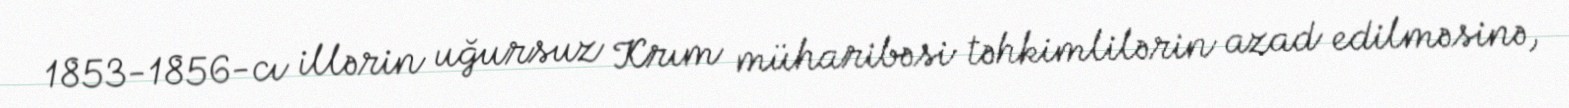
1853-1856-cı illərin uğursuz Krım müharibəsi təhkimlilərin azad edilməsinə,